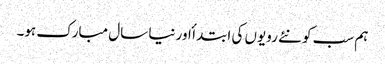
ہم سب کو نئے رویوں کی ابتدا ٔ اور نیا سال مبارک ہو۔